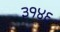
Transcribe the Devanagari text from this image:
३१४६